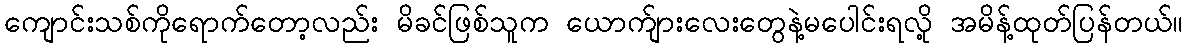
ကျောင်းသစ်ကိုရောက်တော့လည်း မိခင်ဖြစ်သူက ယောက်ျားလေးတွေနဲ့မပေါင်းရလို့ အမိန့်ထုတ်ပြန်တယ်။